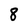
Character: 8